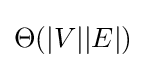
\Theta (|V||E|)